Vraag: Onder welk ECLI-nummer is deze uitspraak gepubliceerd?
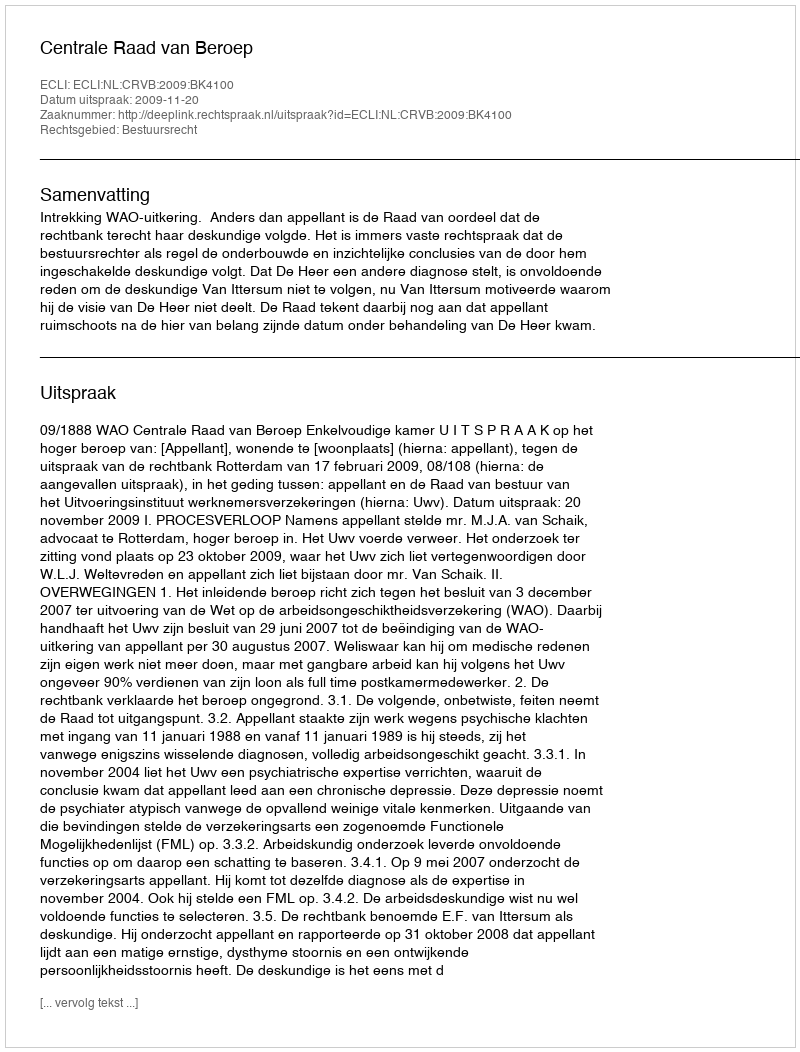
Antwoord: ECLI:NL:CRVB:2009:BK4100